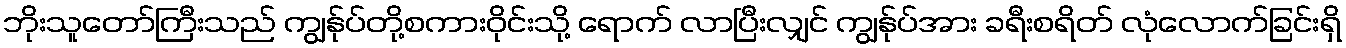
ဘိုးသူတော်ကြီးသည် ကျွန်ုပ်တို့စကားဝိုင်းသို့ ရောက် လာပြီးလျှင် ကျွန်ုပ်အား ခရီးစရိတ် လုံလောက်ခြင်းရှိ